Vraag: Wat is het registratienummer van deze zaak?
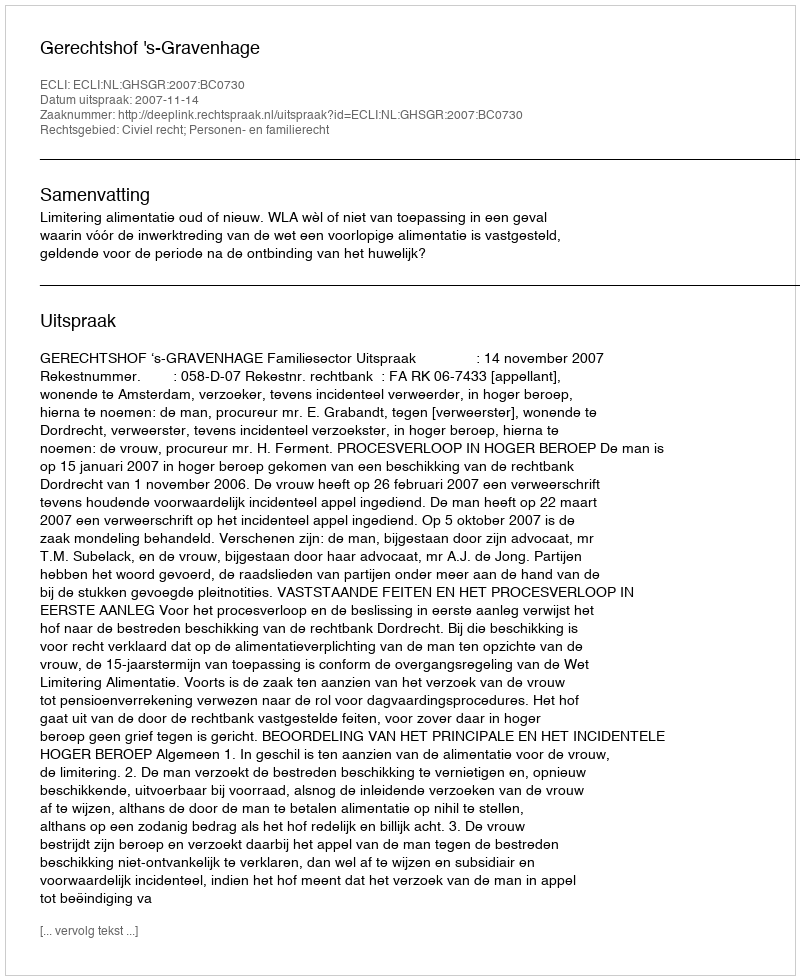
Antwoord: http://deeplink.rechtspraak.nl/uitspraak?id=ECLI:NL:GHSGR:2007:BC0730